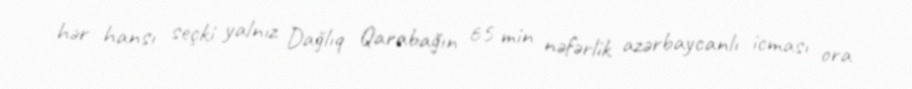
hər hansı seçki yalnız Dağlıq Qarabağın 65 min nəfərlik azərbaycanlı icması ora